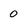
Character: 0